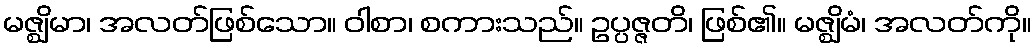
မဇ္ဈိမာ၊ အလတ်ဖြစ်သော။ ဝါစာ၊ စကားသည်။ ဥပ္ပဇ္ဇတိ၊ ဖြစ်၏။ မဇ္ဈိမံ၊ အလတ်ကို။